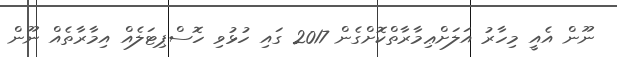
ނޫން އެއީ މިހާރު އަލަށްޢިމާރާތްކޮށްގެން 2017 ގައި ހުޅުވި ހޮސްޕިޓަލެއް އިމާރާތެއް ނޫން